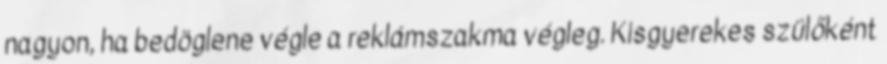
nagyon, ha bedöglene végle a reklámszakma végleg. Kisgyerekes szülőként